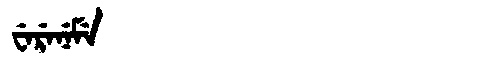
Manchu: ᠸᡝᡵᡝᠨᡝᠮᡝ
Romanization: WERENEME